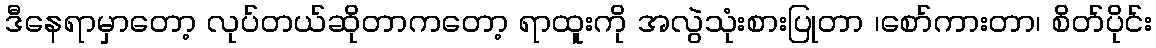
ဒီနေရာမှာတော့ လုပ်တယ်ဆိုတာကတော့ ရာထူးကို အလွဲသုံးစားပြုတာ ၊စော်ကားတာ၊ စိတ်ပိုင်း